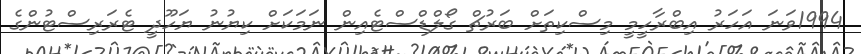
1994ވަނަ އަހަރު އިބްރާހީމީ މިސްކިތަށް ބަރުޗް ގޯލްޑްސްޓެއިން ނަމަކަށް ކިޔުނު ޔަހޫދީ ޓެރަރިސްޓުންގެ